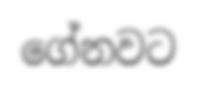
ගේනවට